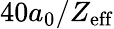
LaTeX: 40a_{0}/Z_{\mathrm{eff}}